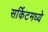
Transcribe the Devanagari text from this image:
सर्किटमध्ये